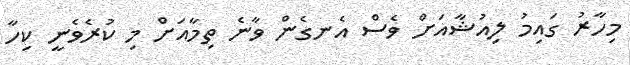
މިހާރު ގައިމު ލިއުޝާއަށް ވެސް އެނގެން ވާނެ ތިމާއަށް މި ކުރެވެނީ ކިހާ